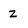
Character: Z